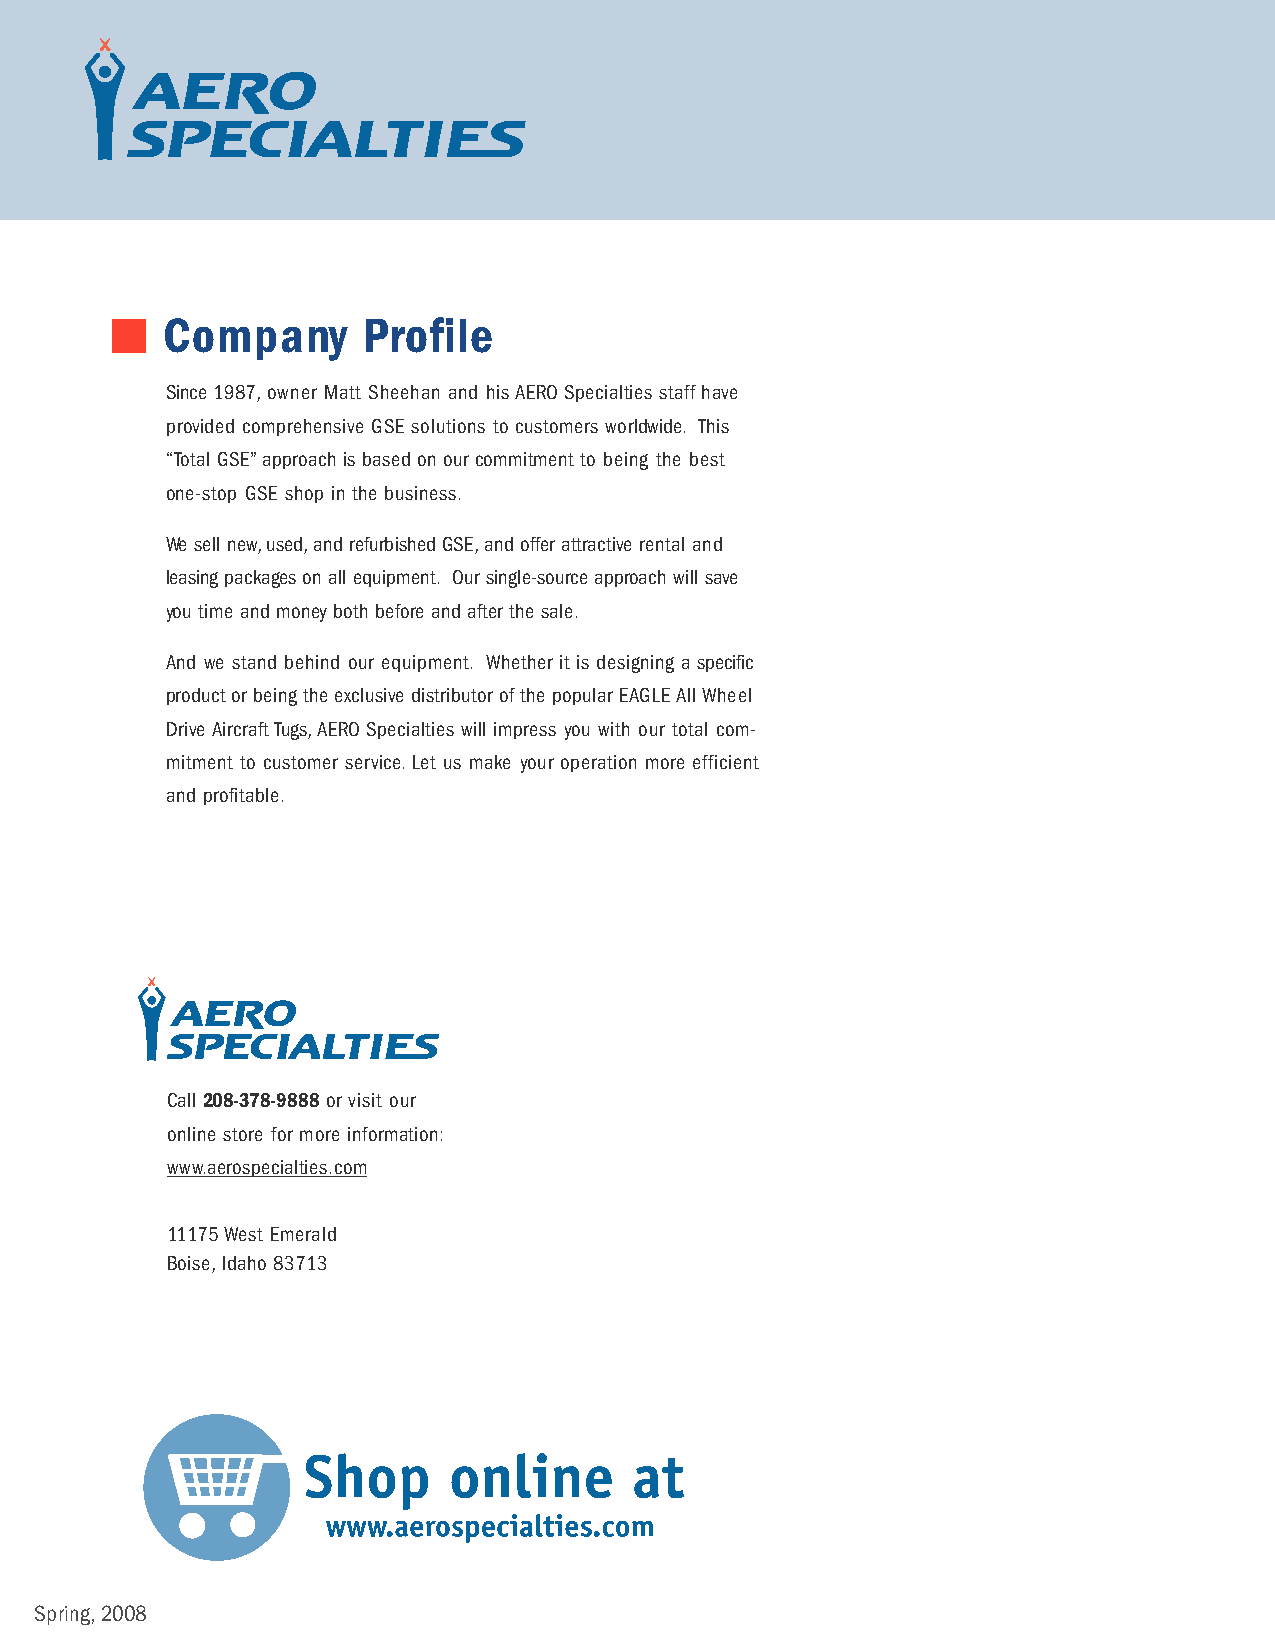
Company      Profile
 Since 1987,owner Matt Sheehan and his AERO Specialties staff have
 provided comprehensive GSE solutions to customers worldwide. This
 “Total GSE”approach is based on our commitment to being the best
 one-stop GSE shop in the business.
 We sell new,used,and refurbished GSE,and offer attractive rental and
 leasing packages on all equipment. Our single-source approach will save
 you time and money both before and after the sale.
 And we stand behind our equipment. Whether it is designing a specific
 product or being the exclusive distributor of the popular EAGLE All Wheel
 Drive Aircraft Tugs,AERO Specialties will impress you with our total com-
 mitment to customer service.Let us make your operation more efficient
 and profitable.
 Call 208-378-9888 or visit our
 online store for more information:
 www.aerospecialties.com
 11175 West Emerald
 Boise,Idaho 83713
 Spring,2008